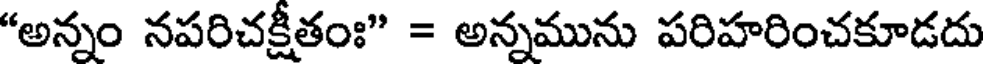
"అన్నం నపరిచక్షీతంః" = అన్నమును పరిహరించకూడదు